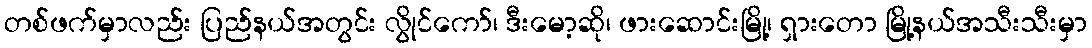
တစ်ဖက်မှာလည်း ပြည်နယ်အတွင်း လွိုင်ကော်၊ ဒီးမော့ဆို၊ ဖားဆောင်းမြို့၊ ရှားတော မြို့နယ်အသီးသီးမှာ